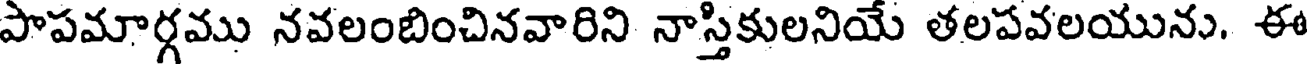
పాపమార్గము నవలంబించినవారిని నాస్తికులనియే తలపవలయును. ఈ